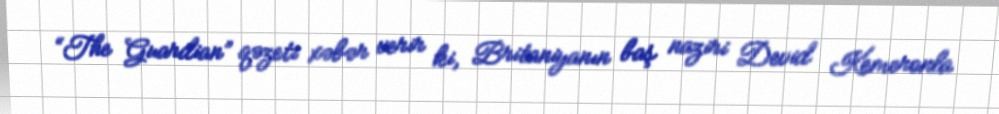
“The Guardian” qəzeti xəbər verir ki, Britaniyanın baş naziri Devid Kemeronla